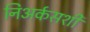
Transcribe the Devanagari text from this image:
निअर्कसशी